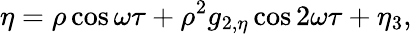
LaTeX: \eta=\rho\cos\omega\tau+\rho^{2}g_{2,\eta}\cos 2\omega\tau+\eta_{3},